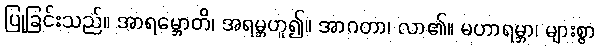
ပြုခြင်းသည်။ အာရမ္ဘောတိ၊ အရမ္ဘဟူ၍။ အာဂတာ၊ လာ၏။ မဟာရမ္ဘာ၊ များစွာ